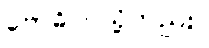
ဗောဓိပင်သို့တည်း။